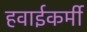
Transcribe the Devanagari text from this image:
हवाईकर्मी